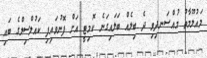
މައުލޫމާތު މުއްސަނދިވި ދެ ބިލެއް ބަލައިގަނެ ކޮމިޓީ އަށް ފޮނުވައިފި ކައުލްސިލްގެ ބައި